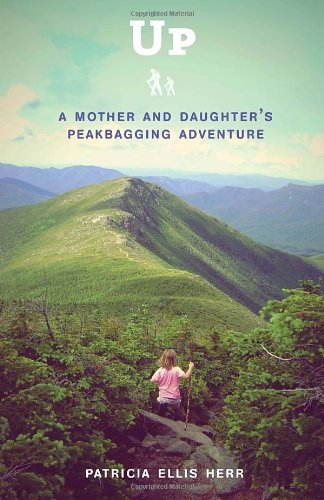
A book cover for Up: A Mother and Daughter's Peakbagging Adventure; Patricia Ellis Herr; Parenting & Relationships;